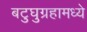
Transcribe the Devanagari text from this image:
बटुघुग्रहामध्ये